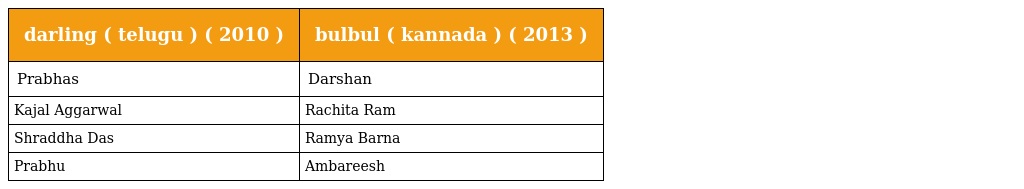
| darling ( telugu ) ( 2010 ) | bulbul ( kannada ) ( 2013 ) |
 | --- | --- |
 | Prabhas | Darshan |
 | Kajal Aggarwal | Rachita Ram |
 | Shraddha Das | Ramya Barna |
 | Prabhu | Ambareesh |